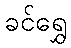
ခင်ရွှေ